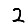
Digit: 2